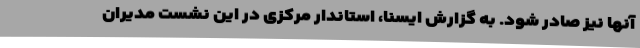
آنها نیز صادر شود. به گزارش ایسنا، استاندار مرکزی در این نشست مدیران